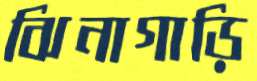
ঝিনাগাড়ি